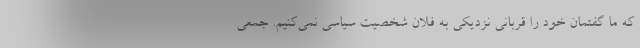
که ما گفتمان‌ خود را قربانی نزدیکی به فلان شخصیت سیاسی نمی‌کنیم. جمعی